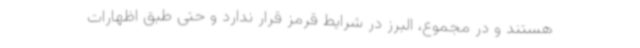
هستند و در مجموع، البرز در شرایط قرمز قرار ندارد و حتی طبق اظهارات